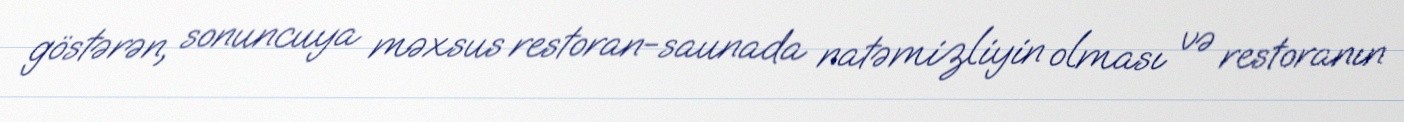
göstərən, sonuncuya məxsus restoran-saunada natəmizliyin olması və restoranın